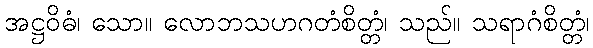
အဋ္ဌဝိဓံ၊ သော။ လောဘသဟဂတံစိတ္တံ၊ သည်။ သရာဂံစိတ္တံ၊